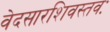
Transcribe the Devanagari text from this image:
वेदसारशिवस्तवः